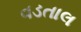
વડતાલ